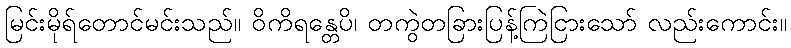
မြင်းမိုရ်တောင်မင်းသည်။ ဝိကိရန္တေပိ၊ တကွဲတခြားပြန့်ကြဲငြားသော် လည်းကောင်း။